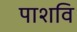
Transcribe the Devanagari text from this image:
पाशवि